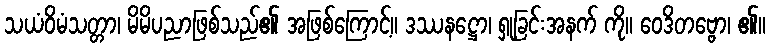
သယံဝိမံသတ္တာ၊ မိမိပညာဖြစ်သည်၏ အဖြစ်ကြောင့်။ ဒဿနဋ္ဌော၊ ရှုခြင်းအနက် ကို။ ဝေဒိတဗ္ဗော၊ ၏။